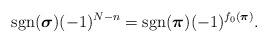
\begin{align*} \mathop{\mathrm{sgn}}(\boldsymbol{\sigma})(-1)^{N-n}=\mathop{\mathrm{sgn}}(\boldsymbol{\pi})(-1)^{f_0(\boldsymbol{\pi})} . \end{align*}